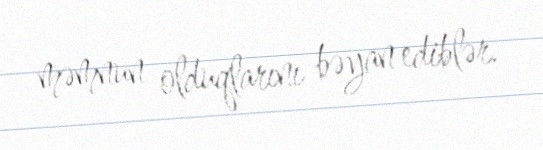
məmnun olduqlarını bəyan ediblər.